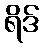
ရိဒ်